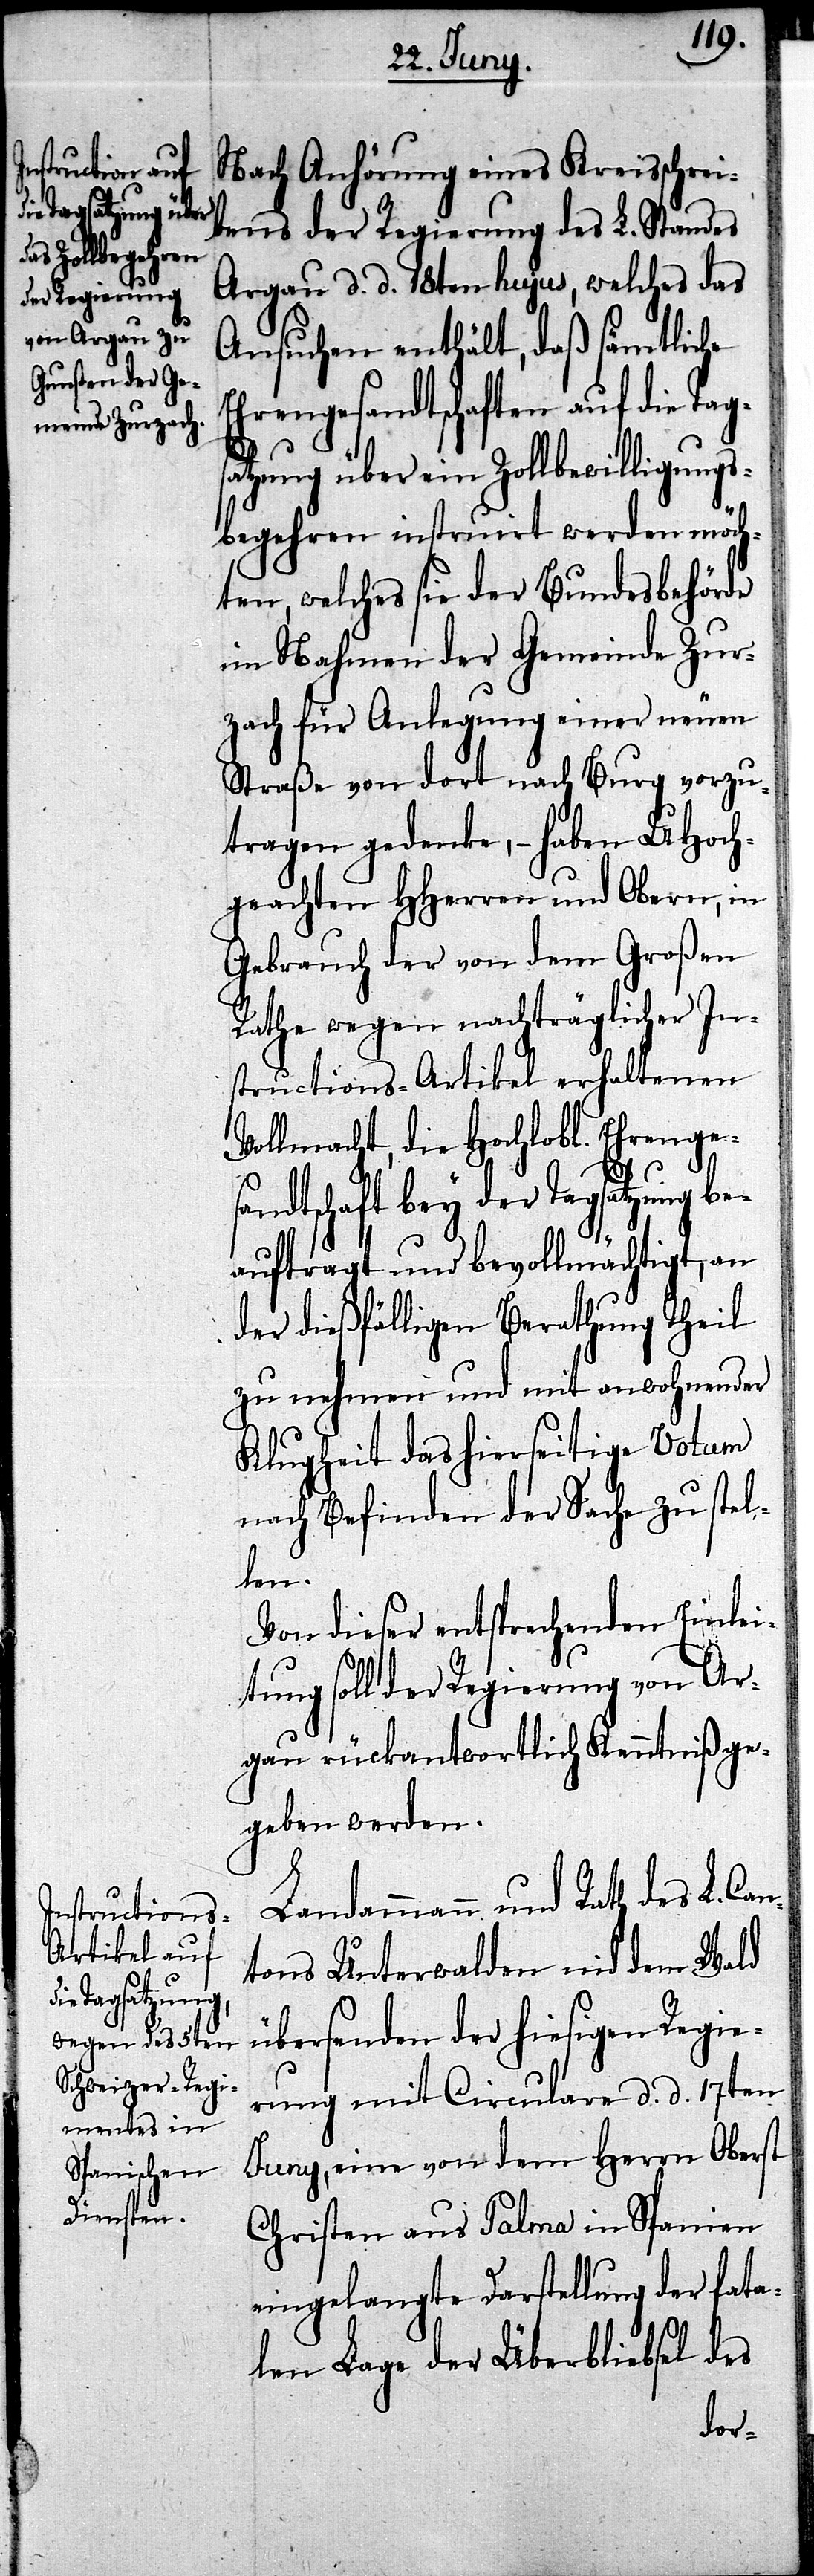
Nach Anhörung eines Kreisschrei¬
bens der Regierung des L. Standes
Argau d. d. 18ten hujus, welches das
Ansuchen enthält, daß sämtliche
Ehrengesandtschaften auf die
atzung über ein Zollbewilligungs¬
begehren instruirt werden möch¬
te, welches sie der Bundesbehörde
im Nahmen der Gemeinde Zur¬
zach für Anlegung einer neuen
Straße von dort nach Burg vorzu¬
tragen gedenke, – haben UHoch¬
geachten HHerren und Obern, in
Gebrauch der von dem Großen
Rathe wegen nachträglicher In¬
structions-Artikel erhaltenen
Vollmacht, die Hochlobl. Ehrenge¬
sandtschaft bey der Tagsatzung be¬
auftragt und bevollmächtigt, an
der dießfälligen Berathung Theil
zu nehmen und mit anwohnender
Klugheit das hierseitige Votum
nach Befinden der Sache zu stel¬
len.
Von dieser entsprechenden Einlei¬
tung soll der Regierung von Ar¬
gau rückantwortlich Kenntniß ge¬
geben werden.
Landammann und Rath des L. Ca¬
ntons Unterwalden nid dem Wald
übersenden der hiesigen Regie¬
rung mit Circulare d. d. 17ten
Juny, eine von dem Herrn Oberst
Christen aus Palma in Spanien
eingelangte Darstellung der fata¬
len Lage der Überbliebsel des
Tags¬